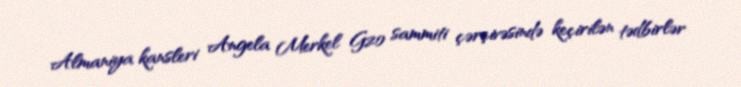
Almaniya kansleri Angela Merkel G20 sammiti çərçivəsində keçirilən tədbirlər